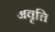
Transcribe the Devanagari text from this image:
अवृत्ति